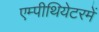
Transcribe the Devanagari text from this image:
एम्पीथियेटरमें